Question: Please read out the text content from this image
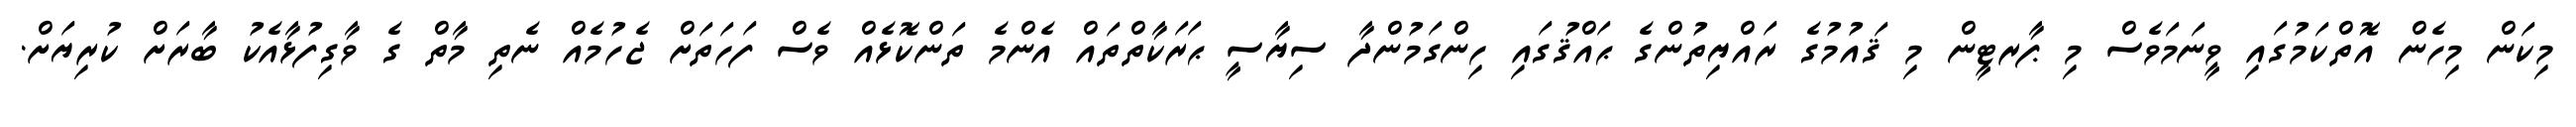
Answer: މިކަން މިހެން އޮތްކަމުގައި ވީނަމަވެސް މި ޕާރޓީން މި ޤައުމުގެ ރައްޔިތުންގެ ޙައްޤުގައި ހިންގަމުންދާ ސިޔާސީ ޙަރަކާތްތައް އެންމެ ތަންކޮޅެއް ވެސް ފަހަތަށް ޖެހުމެއް ނެތި މާތް ގެ ވާގިފުޅާއެކު ބާރަށް ކުރިޔަށް.